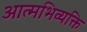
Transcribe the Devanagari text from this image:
आत्मभिव्यक्ति